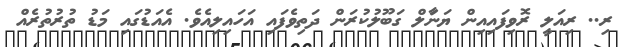
ރި.. ރިއަލީ ރޮވިފައިއިން ޔަނާަލް ގަބޫލުކުރަން ދަތިވެފައި އަހައިލިއެވެ. އެއަޑުގައި މަޑު ތުރުތުރެއް